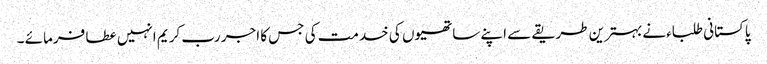
پاکستانی طلباءنے بہترین طریقے سے اپنے ساتھیوں کی خدمت کی جس کا اجر رب کریم انہیں عطا فرمائے ۔